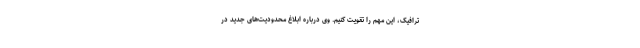
ترافیک، این مهم را تقویت کنیم. وی درباره ابلاغ محدودیت‌های جدید در